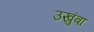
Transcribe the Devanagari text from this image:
उखुंबा